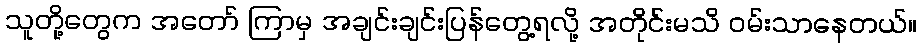
သူတို့တွေက အတော် ကြာမှ အချင်းချင်းပြန်တွေ့ရလို့ အတိုင်းမသိ ဝမ်းသာနေတယ်။